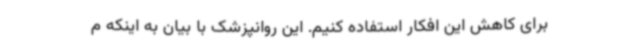
برای کاهش این افکار استفاده کنیم. این روانپزشک با بیان به اینکه م